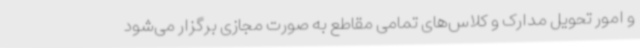
و امور تحویل مدارک و کلاس‌های تمامی مقاطع به صورت مجازی برگزار می‌شود